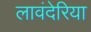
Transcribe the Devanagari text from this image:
लावंदेरिया